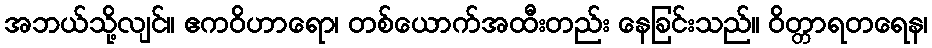
အဘယ်သို့လျင်။ ဧကဝိဟာရော၊ တစ်ယောက်အထီးတည်း နေခြင်းသည်။ ဝိတ္တာရတရေန၊